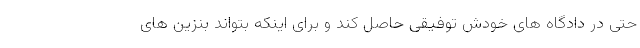
حتی در دادگاه های خودش توفیقی حاصل کند و برای اینکه بتواند بنزین های